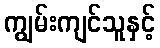
ကျွမ်းကျင်သူနှင့်